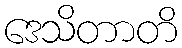
ဒေသိတာတိ